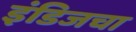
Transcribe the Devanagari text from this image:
इंडिजचा